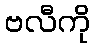
ဗလီကို